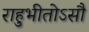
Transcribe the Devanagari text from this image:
राहुभीतोऽसौ